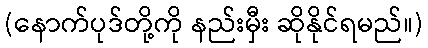
(နောက်ပုဒ်တို့ကို နည်းမှီး ဆိုနိုင်ရမည်။)